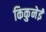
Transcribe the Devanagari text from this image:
किकुनेई